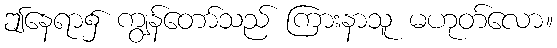
ဤနေရာ၌ ကျွန်တော်သည် ကြားနာသူ မဟုတ်လော။